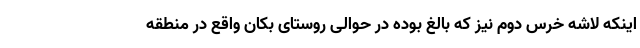
اینکه لاشه خرس دوم نیز که بالغ بوده در حوالی روستای بکان واقع در منطقه